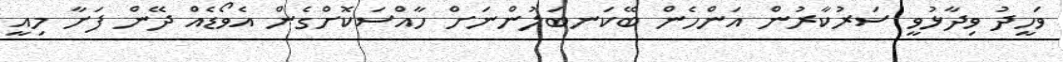
ވަހީދު ވިދާޅުވީ ސަރުކާރުން އަންހެން ބޭކަނބަލުންނަށް ހާއްސަކޮށްގެން އެވޯޑެއް ދޭން ފަށާ މިއީ